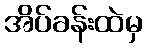
အိပ်ခန်းထဲမှ